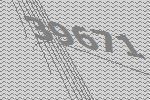
39671